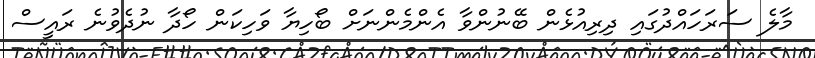
މާލެ ސަރަހައްދުގައި ދިރިއުޅެން ބޭނުންވާ އެންމެންނަށް ބޯހިޔާ ވަހިކަން ހޯދާ ނުދެވުނެ ރައީސް